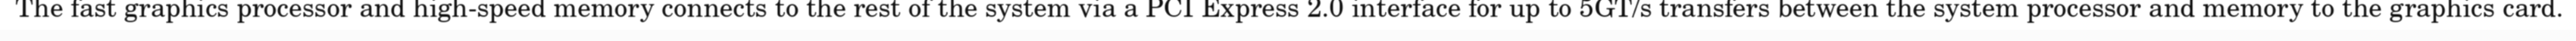
The fast graphics processor and high-speed memory connects to the rest of the system via a PCI Express 2.0 interface for up to 5GT/s transfers between the system processor and memory to the graphics card.